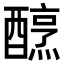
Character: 𨢶